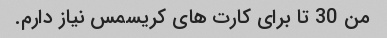
من 30 تا برای کارت های کریسمس نیاز دارم.